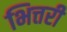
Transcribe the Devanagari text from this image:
भित्तरी